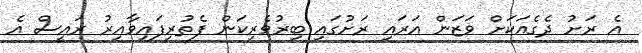
އެ ރަށު ދެގެއަކަށް ވަޒަން އަރައި ރަށުގައި ބިރުވެރިކަން ފެތުރިފައިވާއިރު ރައީސް އެ